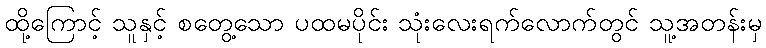
ထို့ကြောင့် သူနှင့် စတွေ့သော ပထမပိုင်း သုံးလေးရက်လောက်တွင် သူ့အတန်းမှ